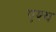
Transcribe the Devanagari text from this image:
एश्य